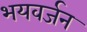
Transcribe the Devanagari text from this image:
भयवर्जन